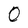
Character: O